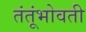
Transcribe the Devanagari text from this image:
तंतूंभोवती